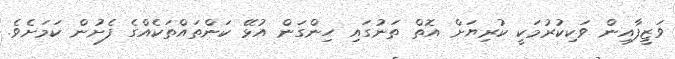
ވަޒީފާއިން ވަކިކުރުމަކީ ކުރިޔަށް އޮތް ތަނުގައި ހިންގަން އުޅޭ ކަންތައްތަކެއްގެ ފެށުން ކަމަށެވެ.